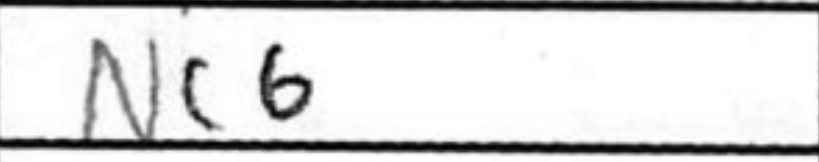
Transcription: Nc6